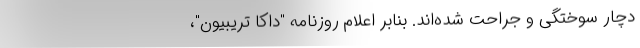
دچار سوختگی و جراحت شده‌اند. بنابر اعلام روزنامه "داکا تریبیون"،